Indian journal of veterinary science and animal husbandry - Volume 11,
Year: 1941
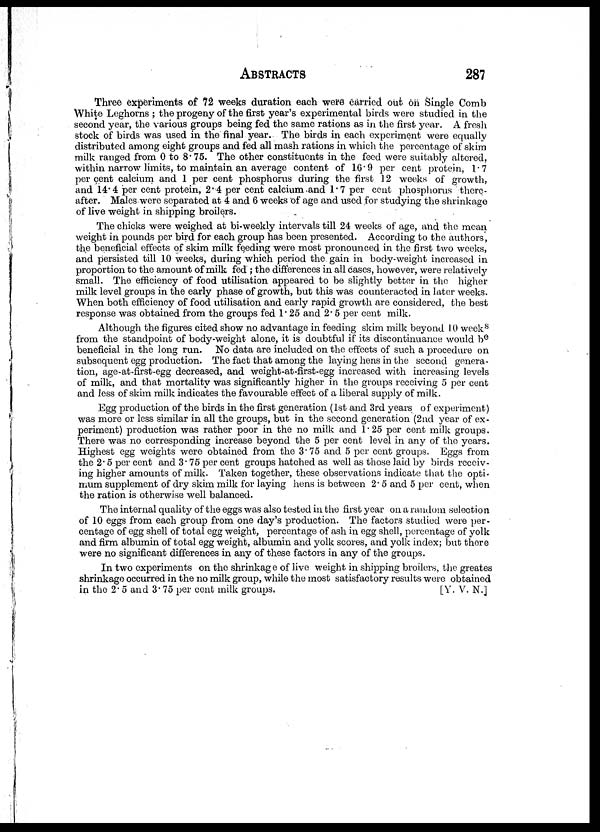
ABSTRACTS 287
Three experiments of 72 weeks duration each were carried out on Single Comb
White Leghorns ; the progeny of the first year's experimental birds were studied in the
second year, the various groups being fed the same rations as in the first year. A fresh
stock of birds was used in the final year. The birds in each experiment were equally
distributed among eight groups and fed all mash rations in which the percentage of skim
milk ranged from 0 to 8.75. The other constituents in the feed were suitably altered,
within narrow limits, to maintain an average content of 16.9 per cent protein, 1.7
per cent calcium and 1 per cent phosphorus during the first 12 weeks of growth,
and 14.4 per cent protein, 2.4 per cent calcium and 1.7 per cent phosphorus there-
after. Males were separated at 4 and 6 weeks of age and used for studying the shrinkage
of live weight in shipping broilers.
The chicks were weighed at bi-weekly intervals till 24 weeks of age, and the mean
weight in pounds per bird for each group has been presented. According to the authors,
the beneficial effects of skim milk feeding were most pronounced in the first two weeks,
and persisted till 10 weeks, during which period the gain in body-weight increased in
proportion to the amount of milk fed; the differences in all cases, however, were relatively
small. The efficiency of food utilisation appeared to be slightly better in the higher
milk level groups in the early phase of growth, but this was counteracted in later weeks.
When both efficiency of food utilisation and early rapid growth are considered, the best
response was obtained from the groups fed 1.25 and 2.5 per cent milk.
Although the figures cited show no advantage in feeding skim milk beyond 10 weeks
from the standpoint of body-weight alone, it is doubtful if its discontinuance would be
beneficial in the long run. No data are included on the effects of such a procedure on
subsequent egg production. The fact that among the laying hens in the second genera-
tion, age-at-first-egg decreased, and weight-at-first-egg increased with increasing levels
of milk, and that mortality was significantly higher in the groups receiving 5 per cent
and less of skim milk indicates the favourable effect of a liberal supply of milk.
Egg production of the birds in the first generation (1st and 3rd years of experiment)
was more or less similar in all the groups, but in the second generation (2nd year of ex-
periment) production was rather poor in the no milk and 1.25 per cent milk groups.
There was no corresponding increase beyond the 5 per cent level in any of the years.
Highest egg weights were obtained from the 3.75 and 5 per cent groups. Eggs from
the 2.5 per cent and 3.75 per cent groups hatched as well as those laid by birds receiv-
ing higher amounts of milk. Taken together, these observations indicate that the opti-
mum supplement of dry skim milk for laying hens is between 2.5 and 5 per cent, when
the ration is otherwise well balanced.
The internal quality of the eggs was also tested in the first year on a random selection
of 10 eggs from each group from one day's production. The factors studied were per-
centage of egg shell of total egg weight, percentage of ash in egg shell, percentage of yolk
and firm albumin of total egg weight, albumin and yolk scores, and yolk index; but there
were no significant differences in any of these factors in any of the groups.
In two experiments on the shrinkage of live weight in shipping broilers, the greates
shrinkage occurred in the no milk group, while the most satisfactory results were obtained
in the 2.5 and 3.75 per cent milk groups.
[Y. V. N.]